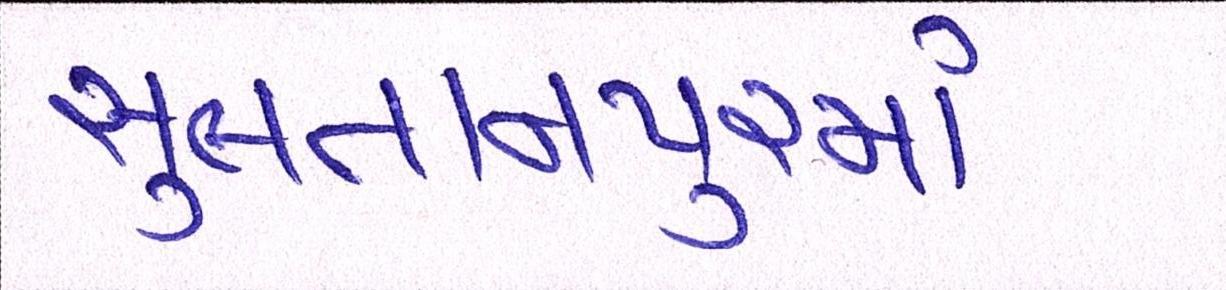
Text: સુલતાનપુરમાં